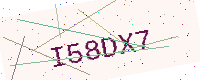
Text: I58DX7